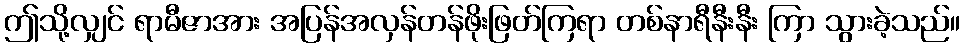
ဤသို့လျှင် ရာမီဇာအား အပြန်အလှန်တန်ဖိုးဖြတ်ကြရာ တစ်နာရီနီးနီး ကြာ သွားခဲ့သည်။